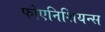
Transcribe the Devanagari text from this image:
फोएनिशियन्स